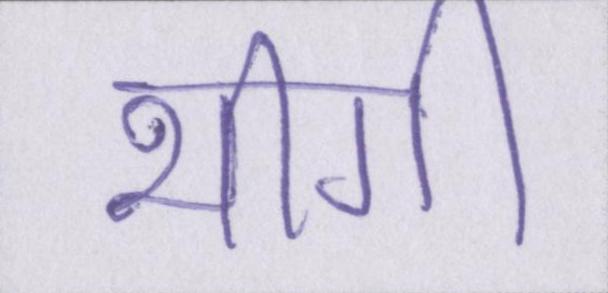
भीगी